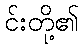
င်းတို့၏